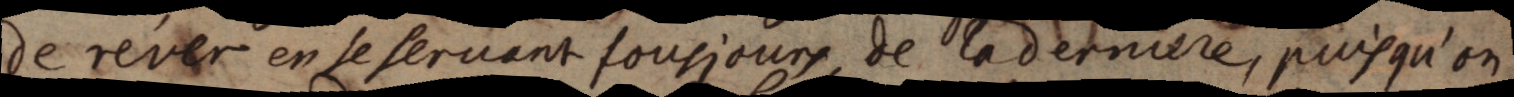
de rever en se servant tousjours, de la derniere, puisqu’on